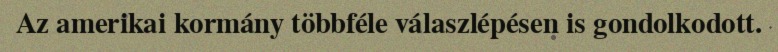
Az amerikai kormány többféle válaszlépésen is gondolkodott.